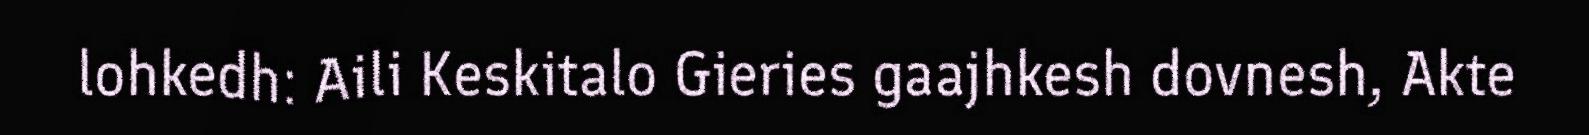
lohkedh: Aili Keskitalo Gieries gaajhkesh dovnesh, Akte